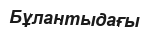
Бұлантыдағы